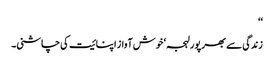
‘‘
زندگی سے بھرپور لہجہ ‘ خوش آواز اپنائیت کی چاشنی۔